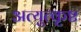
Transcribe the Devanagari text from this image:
अत्युत्‍कृष्ट